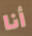
أنا